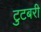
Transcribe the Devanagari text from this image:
टुटबरी